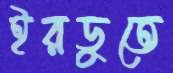
ইরডুতে